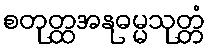
စတုတ္ထအနုဓမ္မသုတ္တံ